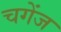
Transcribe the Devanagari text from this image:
चगेंज